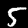
Label: 5